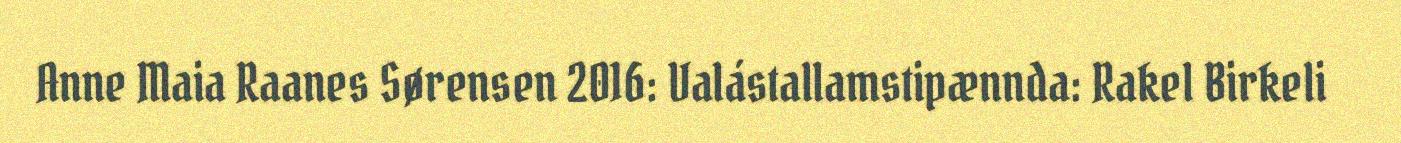
Anne Maia Raanes Sørensen 2016: Valástallamstipænnda: Rakel Birkeli